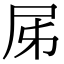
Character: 𡰾